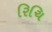
રિચિ